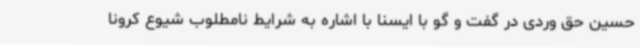
حسین حق وردی در گفت و گو با ایسنا با اشاره به شرایط نامطلوب شیوع کرونا